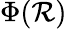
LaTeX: \Phi(\mathcal{R})